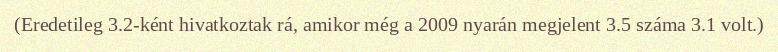
(Eredetileg 3.2-ként hivatkoztak rá, amikor még a 2009 nyarán megjelent 3.5 száma 3.1 volt.)